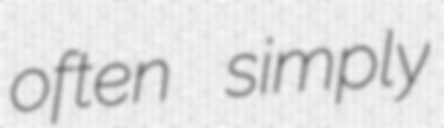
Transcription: often simply